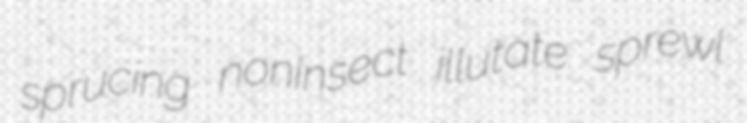
sprucing noninsect illutate sprewl